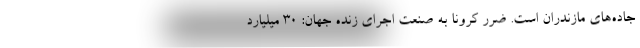
جاده‌های مازندران است. ضرر کرونا به صنعت اجرای زنده جهان: ۳۰ میلیارد